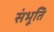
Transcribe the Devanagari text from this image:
संभूति